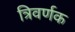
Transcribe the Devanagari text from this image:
त्रिवर्णक